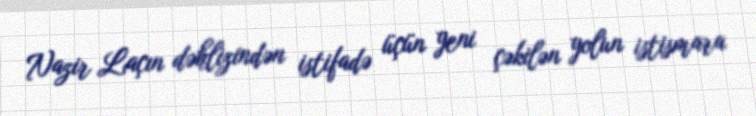
Nazir Laçın dəhlizindən istifadə üçün yeni çəkilən yolun istismara